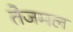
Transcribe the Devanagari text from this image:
तेजमल